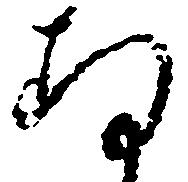
存